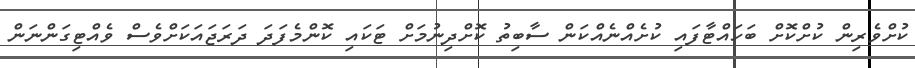
ކުށްވެރިން ކުށްކޮށް ބަހައްޓާފައި ކުށެއްނެއްކަން ސާބިތު ކޮށްދިނުމަށް ޓަކައި ކޮންމެފަދަ ދަރަޖައަކަށްވެސް ވެއްޓިގަންނަން